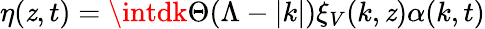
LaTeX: \eta(\mathit{z},t)=\intdk\Theta(\Lambda-|k|)\xi_{V}(k,\mathit{z})\alpha(k,t)